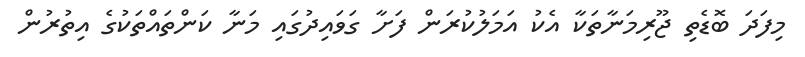
މިފަދަ ބޮޑެތި ޖޫރިމަނާތަކާ އެކު އަމަލުކުރަން ފަށާ ގަވައިދުގައި މަނާ ކަންތައްތަކުގެ އިތުރުން